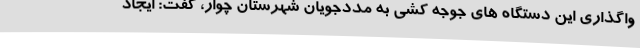
واگذاری این دستگاه های جوجه کشی به مددجویان شهرستان چوار، گفت: ایجاد